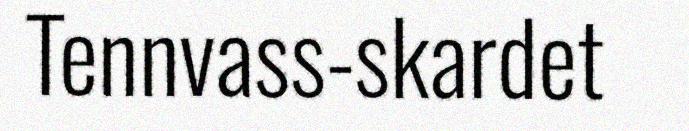
Tennvass-skardet